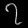
Digit: ၇